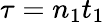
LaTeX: \tau=n_{1}t_{1}